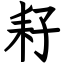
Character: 耔